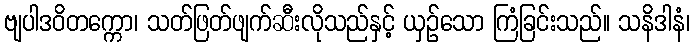
ဗျပါဒဝိတက္ကော၊ သတ်ဖြတ်ဖျက်ဆီးလိုသည်နှင့် ယှဉ်သော ကြံခြင်းသည်။ သနိဒါနံ၊